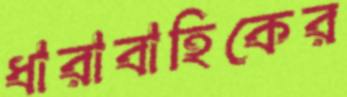
ধারাবাহিকের